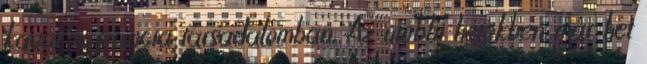
kavar a francia társadalomban. Az utóbbi hetekben már hét